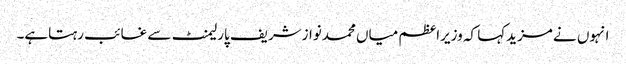
انہوں نے مزیدکہا کہ وزیراعظم میاں محمدنوازشریف پارلیمنٹ سے غائب رہتاہے۔